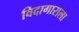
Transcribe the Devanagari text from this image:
विदागाराला